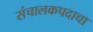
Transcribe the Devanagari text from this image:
संचालकपदाचा